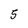
Character: 5